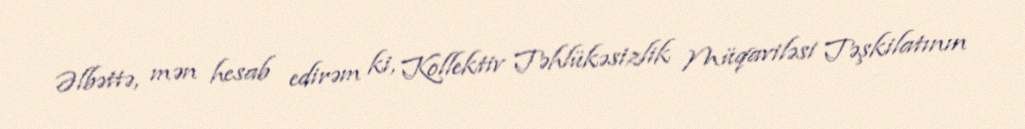
Əlbəttə, mən hesab edirəm ki, Kollektiv Təhlükəsizlik Müqaviləsi Təşkilatının